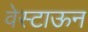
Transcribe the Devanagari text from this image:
वेस्टाऊन